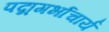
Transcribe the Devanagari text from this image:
पद्मगर्भाचार्य